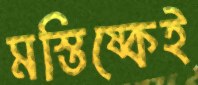
মস্তিষ্কেই